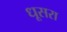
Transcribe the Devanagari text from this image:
धूसरा